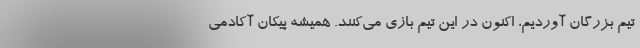
تیم بزرگان آوردیم، اکنون در این تیم بازی‌ می‌کنند. همیشه پیکان آکادمی